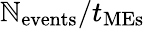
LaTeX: \mathbb{N}_{\mathrm{{events}}}/t_{\mathrm{{MEs}}}